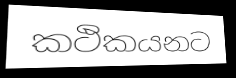
කථිකයනට